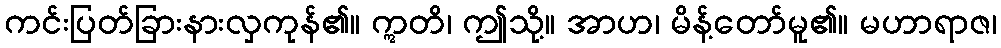
ကင်းပြတ်ခြားနားလှကုန်၏။ ဣတိ၊ ဤသို့။ အာဟ၊ မိန့်တော်မူ၏။ မဟာရာဇ၊